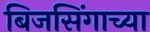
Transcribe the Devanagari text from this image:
बिजसिंगाच्या